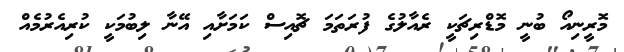
މޮރީނިއޯ ބުނީ މޮޑްރިޗަކީ ރެއާލުގެ ފުރަތަމަ ޗޮއިސް ކަމަށާއި އޭނާ ލިބުމަކީ ކުރިއެރުމެއް